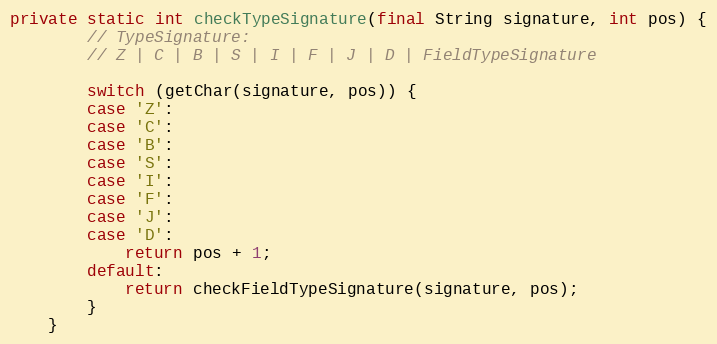
Language: Java
private static int checkTypeSignature(final String signature, int pos) {
        // TypeSignature:
        // Z | C | B | S | I | F | J | D | FieldTypeSignature

        switch (getChar(signature, pos)) {
        case 'Z':
        case 'C':
        case 'B':
        case 'S':
        case 'I':
        case 'F':
        case 'J':
        case 'D':
            return pos + 1;
        default:
            return checkFieldTypeSignature(signature, pos);
        }
    }